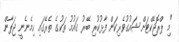
"މި ޕްރޮޖެކްޓަށް ޝައުގުވެރިކަން ފާޅުކުރި ބޭރު ގައުމު ތަކުގެ ތެރޭގައި ހިމެނެނީ ޖަޕާން